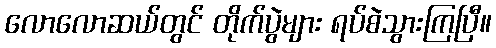
လောလောဆယ်တွင် တိုက်ပွဲများ ရပ်စဲသွားကြပြီ။